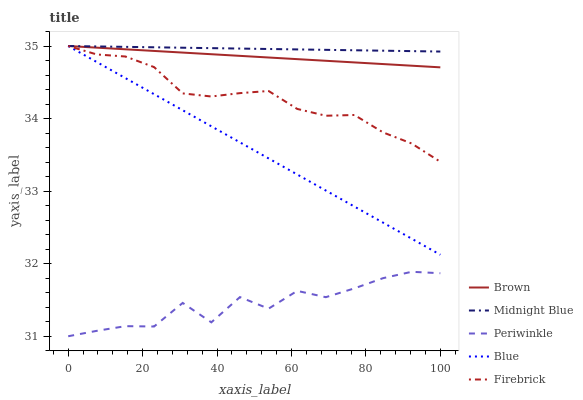
| xaxis_label | Brown | Midnight Blue | Periwinkle | Blue | Firebrick |
 | --- | --- | --- | --- | --- | --- |
 | 0 | 35 | 35 | 31 | 35 | 35 |
 | 7.69 | 35 | 35 | 31.1 | 34.8 | 34.9 |
 | 15.4 | 35 | 35 | 31.1 | 34.6 | 34.9 |
 | 23.1 | 34.9 | 35 | 31.1 | 34.3 | 34.7 |
 | 30.8 | 34.9 | 35 | 31.5 | 34.1 | 34.3 |
 | 38.5 | 34.9 | 35 | 31.2 | 33.9 | 34.3 |
 | 46.2 | 34.9 | 35 | 31.5 | 33.7 | 34.4 |
 | 53.8 | 34.8 | 35 | 31.4 | 33.5 | 34.4 |
 | 61.5 | 34.8 | 35 | 31.6 | 33.2 | 34.1 |
 | 69.2 | 34.8 | 34.9 | 31.5 | 33 | 34 |
 | 76.9 | 34.8 | 34.9 | 31.7 | 32.8 | 34 |
 | 84.6 | 34.8 | 34.9 | 31.8 | 32.6 | 33.8 |
 | 92.3 | 34.7 | 34.9 | 31.9 | 32.3 | 33.7 |
 | 100 | 34.7 | 34.9 | 31.9 | 32.1 | 33.4 |